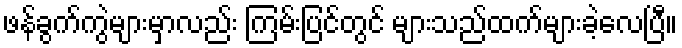
ဖန်ခွက်ကွဲများမှာလည်း ကြမ်းပြင်တွင် များသည်ထက်များခဲ့လေပြီ။